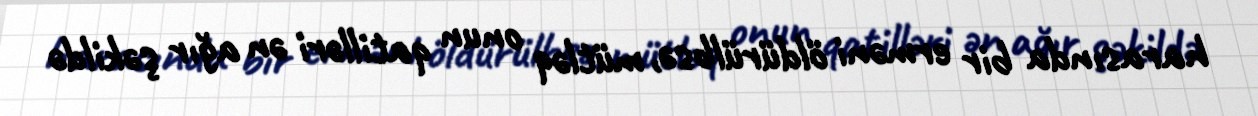
harasında bir erməni öldürülbsə, mütləq onun qatilləri ən ağır şəkildə